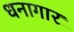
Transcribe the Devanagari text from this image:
धनागार